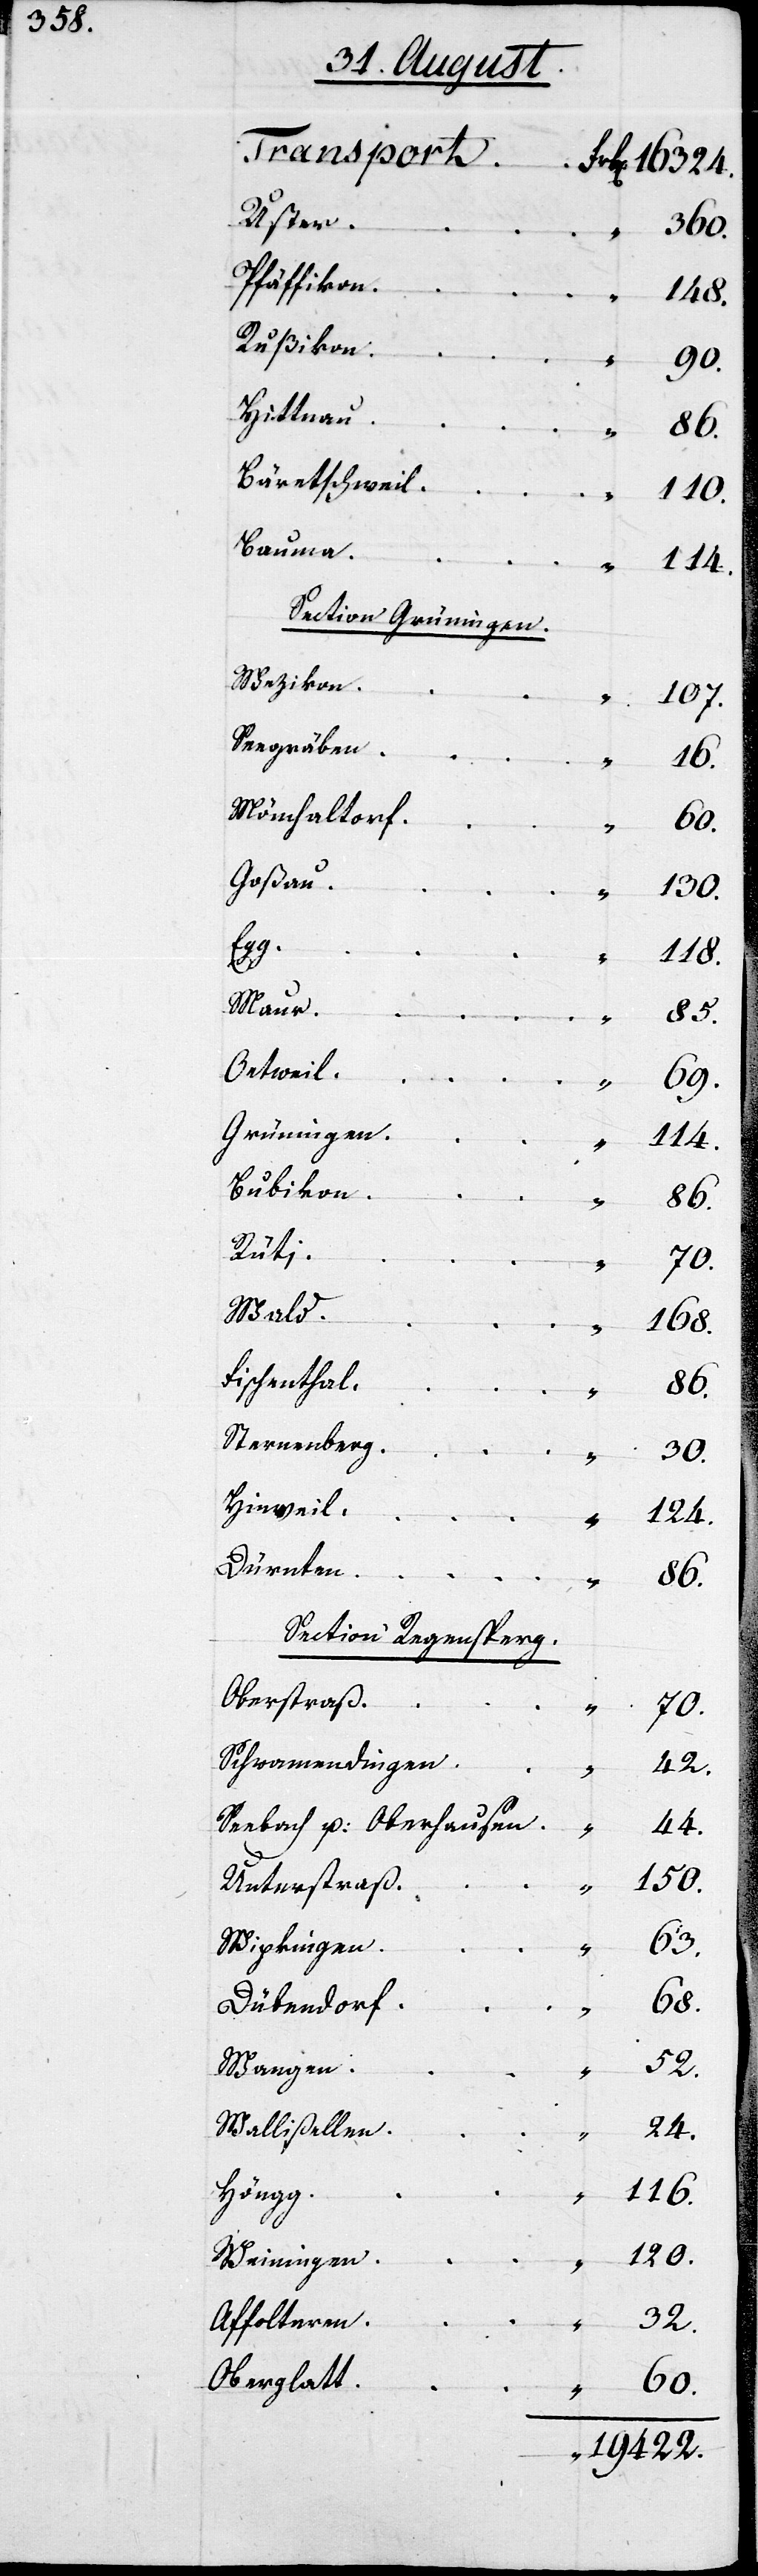
Transport	Frk. 16324.
Uster
„
Pfäffikon
148.
Rußikon
Hittnau
Bärentschweil
Bauma
Section Grüningen.
Wezikon
Seegräben
Mönchaltorf
Goßau
„
Grüningen
Bubikon
Rüti
Fischenthal
Sternenberg
Dürnten
Section Regensperg.
Oberstraß
Schwammendingen
Seebach und Oberhausen
Unterstraß
Wipkingen
Dübendorf
Wangen
Wallisellen
Höngg
Weiningen
Affolteren
Oberglatt

„